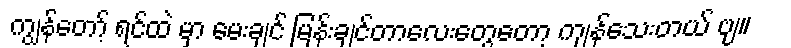
ကျွန်တော့် ရင်ထဲ မှာ မေးချင် မြန်းချင်တာလေးတွေတော့ ကျန်သေးတယ် ဗျ။